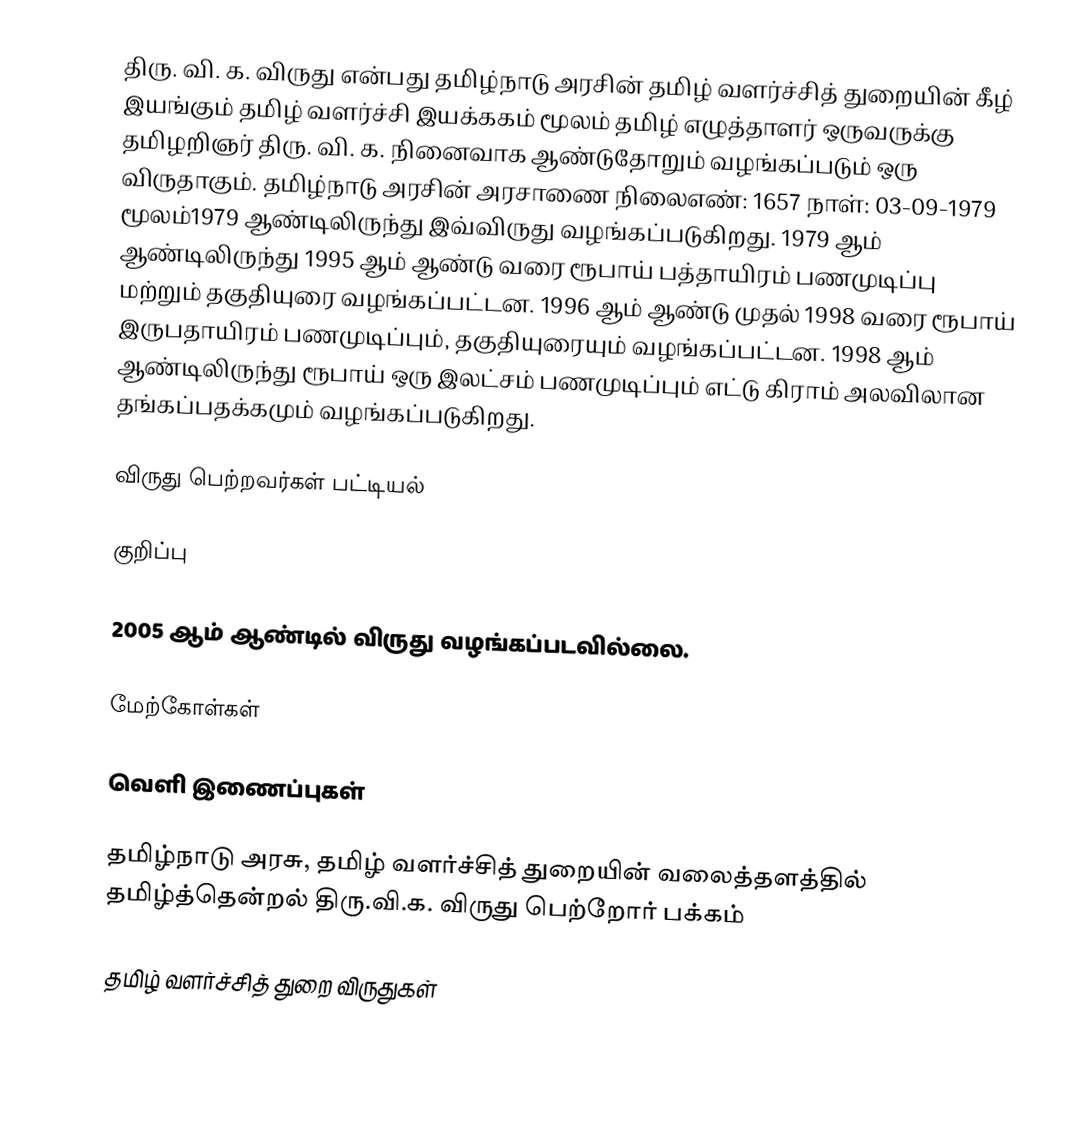
திரு. வி. க. விருது என்பது தமிழ்நாடு அரசின் தமிழ் வளர்ச்சித் துறையின் கீழ் இயங்கும் தமிழ் வளர்ச்சி இயக்ககம் மூலம் தமிழ் எழுத்தாளர் ஒருவருக்கு தமிழறிஞர் திரு. வி. க. நினைவாக ஆண்டுதோறும் வழங்கப்படும் ஒரு விருதாகும். தமிழ்நாடு அரசின் அரசாணை நிலைஎண்: 1657 நாள்: 03-09-1979 மூலம்1979 ஆண்டிலிருந்து இவ்விருது வழங்கப்படுகிறது. 1979 ஆம் ஆண்டிலிருந்து 1995 ஆம் ஆண்டு வரை ரூபாய் பத்தாயிரம் பணமுடிப்பு மற்றும் தகுதியுரை வழங்கப்பட்டன. 1996 ஆம் ஆண்டு முதல் 1998 வரை ரூபாய் இருபதாயிரம் பணமுடிப்பும், தகுதியுரையும் வழங்கப்பட்டன. 1998 ஆம் ஆண்டிலிருந்து ரூபாய் ஒரு இலட்சம் பணமுடிப்பும் எட்டு கிராம் அலவிலான தங்கப்பதக்கமும் வழங்கப்படுகிறது.

விருது பெற்றவர்கள் பட்டியல்

குறிப்பு

 2005 ஆம் ஆண்டில் விருது வழங்கப்படவில்லை.

மேற்கோள்கள்

வெளி இணைப்புகள்

தமிழ்நாடு அரசு, தமிழ் வளர்ச்சித் துறையின் வலைத்தளத்தில் தமிழ்த்தென்றல் திரு.வி.க. விருது பெற்றோர் பக்கம்

தமிழ் வளர்ச்சித் துறை விருதுகள்